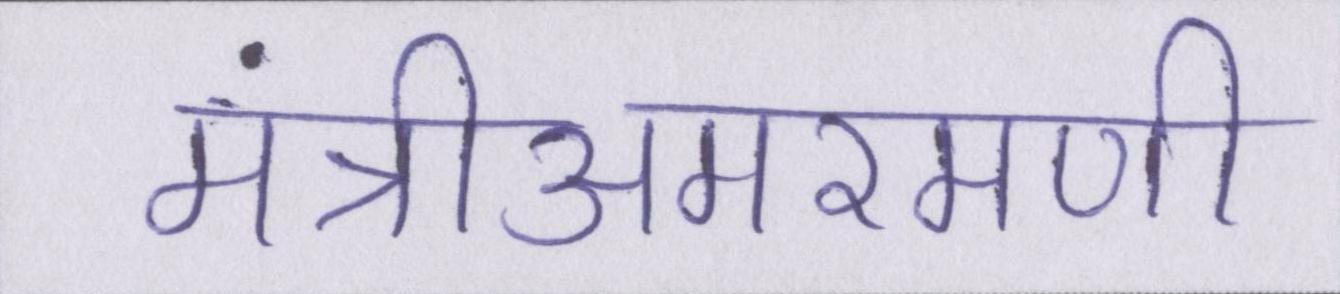
मंत्रीअमरमणी